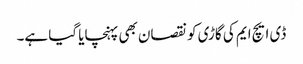
ڈی ایچ ایم کی گاڑی کو نقصان بھی پہنچایا گیا ہے۔